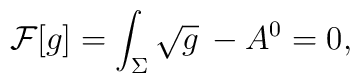
{\cal F}[g] = \int_{\Sigma} \sqrt{g} \, -  A^{0} = 0,